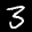
Label: 3